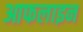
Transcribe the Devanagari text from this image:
आफलाइन